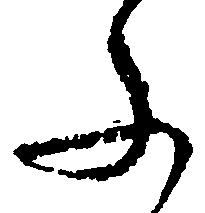
ふ